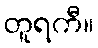
တူရကီ။